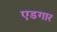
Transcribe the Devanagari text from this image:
एडगार